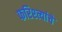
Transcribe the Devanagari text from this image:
फरिश्त्यांचे